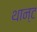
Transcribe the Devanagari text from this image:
थान्ट